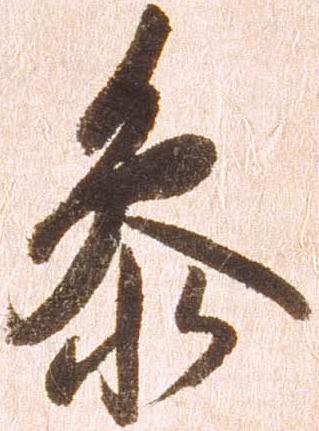
参